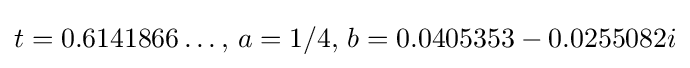
t=0.6141866\dots ,\,a=1/4,\,b=0.0405353-0.0255082i